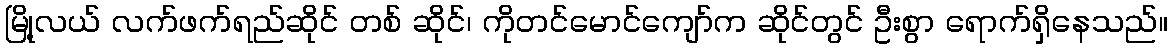
မြို့လယ် လက်ဖက်ရည်ဆိုင် တစ် ဆိုင်၊ ကိုတင်မောင်ကျော်က ဆိုင်တွင် ဦးစွာ ရောက်ရှိနေသည်။